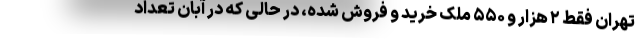
تهران فقط ۲ هزار و ۵۵۰ ملک خرید و فروش شده، در حالی که در آبان تعداد